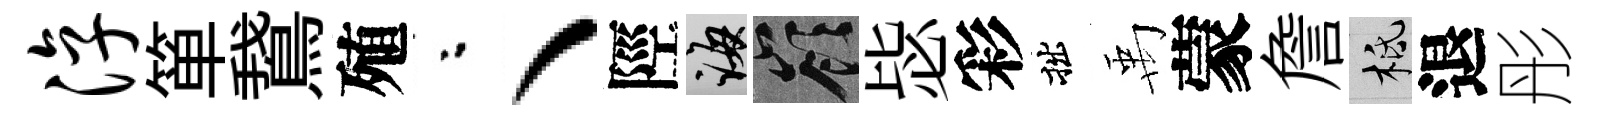
淳箪鵞殖粉丶陘誨嶺毖彩拙禹蒙詹柢退彤